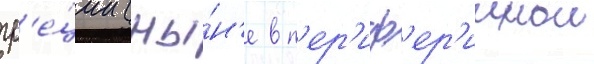
гр'е́ции (ны́н'е в п'ер'иф'ер'иинои